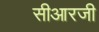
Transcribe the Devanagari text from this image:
सीआरजी